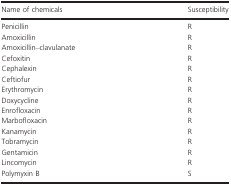
| Name of chemicals | Susceptibility |
 | --- | --- |
 | Penicillin | R |
 | Amoxicillin | R |
 | Amoxicillin–clavulanate | R |
 | Cefoxitin | R |
 | Cephalexin | R |
 | Ceftiofur | R |
 | Erythromycin | R |
 | Doxycycline | R |
 | Enrofloxacin | R |
 | Marbofloxacin | R |
 | Kanamycin | R |
 | Tobramycin | R |
 | Gentamicin | R |
 | Lincomycin | R |
 | Polymyxin B | S |